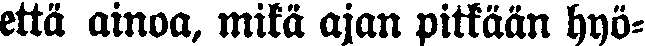
että ainoa, mikä ajan pitkään hyö-